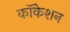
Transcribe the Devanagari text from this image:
कॉकेशन